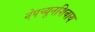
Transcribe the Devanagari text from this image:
नेपच्यूनशिवाय